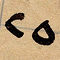
٢٥